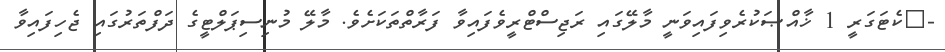
-	ކެޓަގަރީ 1 ޚާއްޞަކުރެވިފައިވަނީ މާލޭގައި ރަޖިސްޓްރީވެފައިވާ ފަރާތްތަކަށެވެ. މާލޭ މުނިސިޕަލްޓީގެ ދަފްތަރުގައި ޖެހިފައިވާ